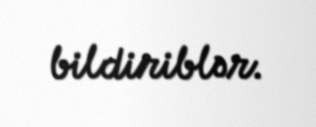
bildiriblər.